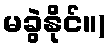
မခွဲနိုင်။)